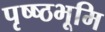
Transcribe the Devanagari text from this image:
पृष्ष्ठभूमि